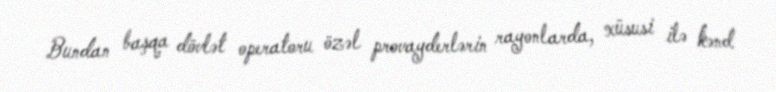
Bundan başqa dövlət operatoru özəl provayderlərin rayonlarda, xüsusi ilə kənd